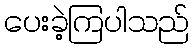
ပေးခဲ့ကြပါသည်